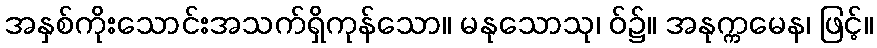
အနှစ်ကိုးသောင်းအသက်ရှိကုန်သော။ မနုသောသု၊ ဝ်၌။ အနုက္ကမေန၊ ဖြင့်။